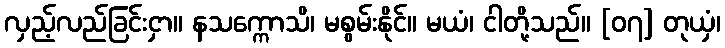
လှည့်လည်ခြင်းငှာ။ နသက္ကောသိ၊ မစွမ်းနိုင်။ မယံ၊ ငါတို့သည်။ [၀၇] တုယှံ၊